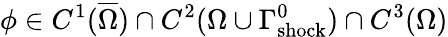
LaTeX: \phi\in C^{1}(\overline{{\Omega}})\cap C^{2}(\Omega\cup\Gamma_{\mathrm{{shock}}}^{0})\cap C^{3}(\Omega)